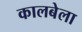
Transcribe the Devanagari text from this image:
कालबेला